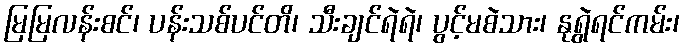
မြမြလန်းစင်၊ ပန်းသစ်ပင်တိ၊ သီးချင်ရဲရဲ၊ ပွင့်မစဲသား၊ နုရွဲရင်ကမ်း၊